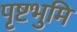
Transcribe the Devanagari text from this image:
पृष्टभुमि